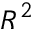
R ^ { 2 }